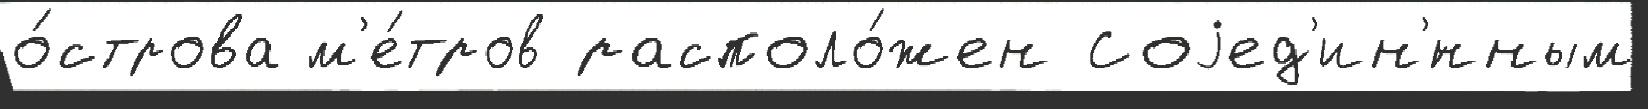
о́строва м'е́тров располо́жен Соjед'ин'́нным